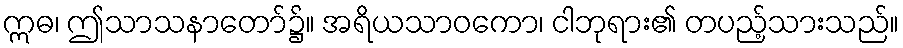
ဣဓ၊ ဤသာသနာတော်၌။ အရိယသာဝကော၊ ငါဘုရား၏ တပည့်သားသည်။